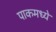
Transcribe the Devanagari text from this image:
पाकमध्ये